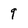
Character: 9